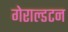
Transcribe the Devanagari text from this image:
गेराल्डटन